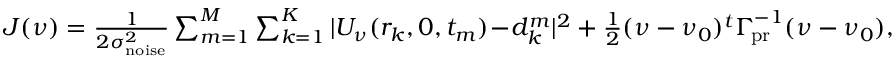
\begin{array} { r } { J ( \ensuremath { \boldsymbol \nu } ) = { \frac { 1 } { 2 \sigma _ { \mathrm { n o i s e } } ^ { 2 } } } \sum _ { m = 1 } ^ { M } \sum _ { k = 1 } ^ { K } | U _ { \boldsymbol \nu } ( r _ { k } , 0 , t _ { m } ) \! - \! d _ { k } ^ { m } | ^ { 2 } + { \frac { 1 } { 2 } } ( \boldsymbol \nu - \ensuremath { \boldsymbol \nu } _ { 0 } ) ^ { t } \ensuremath { \boldsymbol \Gamma _ { \! \mathrm { p r } } } ^ { - 1 } ( \boldsymbol \nu - \ensuremath { \boldsymbol \nu } _ { 0 } ) , } \end{array}